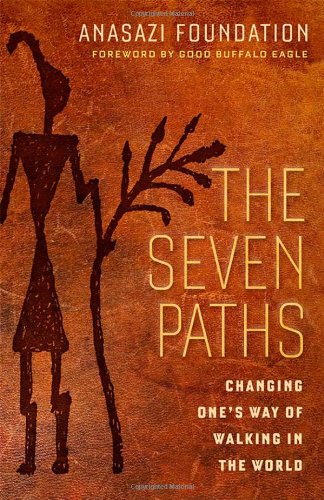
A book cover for The Seven Paths: Changing One's Way of Walking in the World; Anasazi Foundation; Religion & Spirituality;